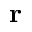
\mathbf { r }